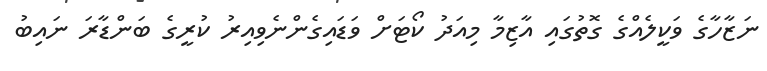
ނަޒާހާގެ ވަކީލެއްގެ ގޮތުގައި އާޒިމާ މިއަދު ކޯޓަށް ވަޑައިގެންނެވިއިރު ކުރީގެ ބަންޑާރަ ނައިބު